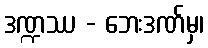
ဒဏ္ဍဿ - ဘေးဒဏ်မှ၊